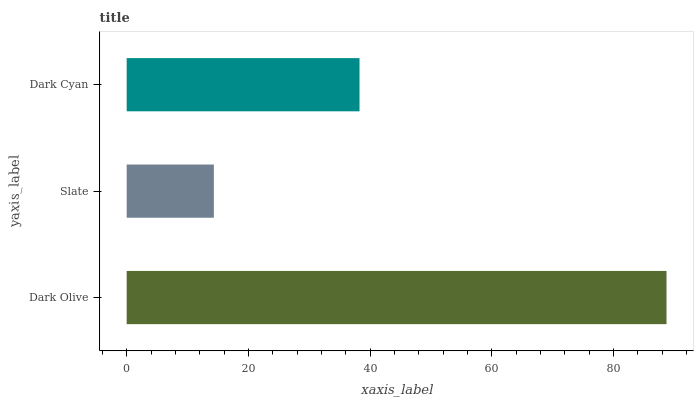
| yaxis_label | bars |
 | --- | --- |
 | Dark Olive | 88.7 |
 | Slate | 14.3 |
 | Dark Cyan | 38.3 |